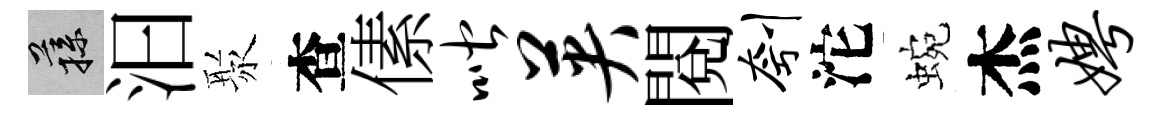
蓀汩聚查傃喈英閱刳沱蜿杰娉